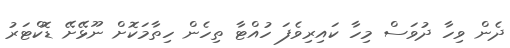
ދެން ވިހާ ދުވަސް މިހާ ކައިރިވެފަ ހުއްޓާ ތިހެން ހިތާމަކޮށް ނޫޅޭށޭ ޑޮކްޓަރު